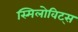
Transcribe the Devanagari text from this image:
स्मिलोविट्स